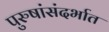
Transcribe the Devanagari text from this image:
पुरुषांसंदर्भात